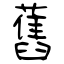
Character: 舊